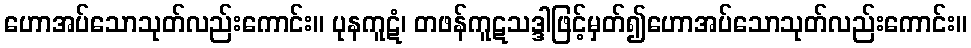
ဟောအပ်သောသုတ်လည်းကောင်း။ ပုနကူဋံ၊ တဖန်ကူဋသဒ္ဒါဖြင့်မှတ်၍ဟောအပ်သောသုတ်လည်းကောင်း။